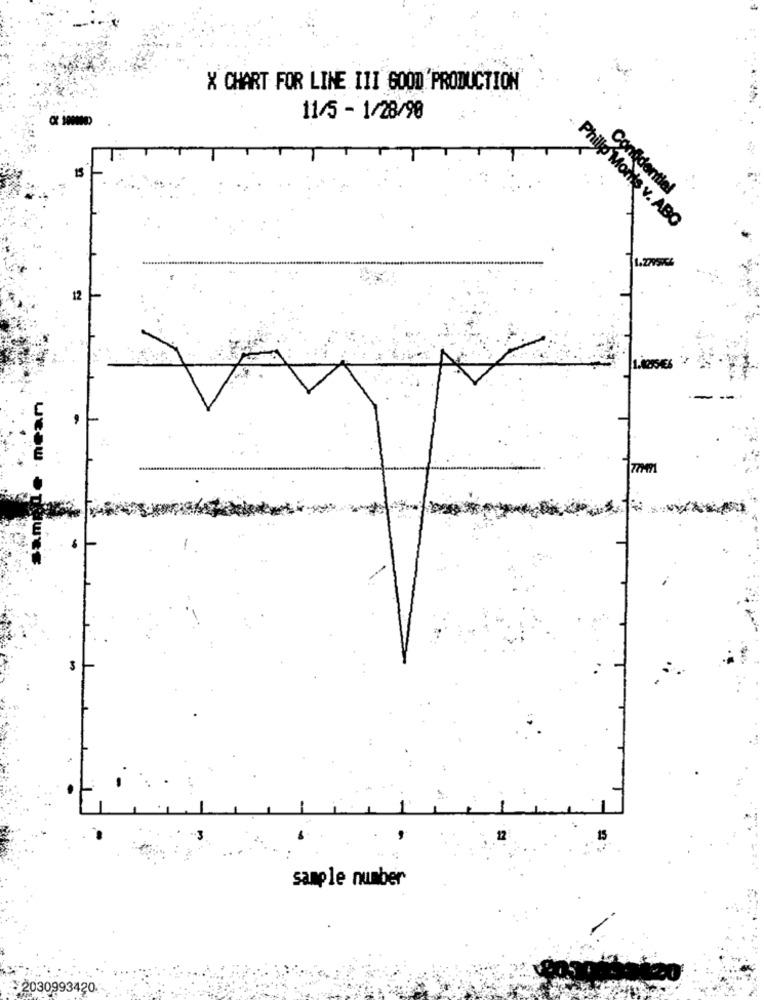
X CHART FOR LINE III GOOD'PRODUCTION
11/5 - 1/28/90
15
Confidential
Philip Monis v. ABC
1.229990%
12
U
sample number
:2030993420